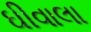
ઘીવાલા